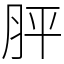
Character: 胓